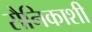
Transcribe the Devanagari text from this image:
सैनिकाशी